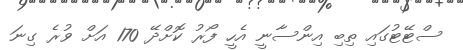
ސްޓޭޓުގައި ތިބި އިންސާނީ އެހީ ފޯރު ކޮށްދޭ 170 އަށް ވުރެ ގިނަ